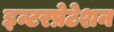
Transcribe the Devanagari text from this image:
इन्टरप्रेटेशन